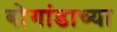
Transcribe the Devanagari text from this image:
बोगांडाच्या